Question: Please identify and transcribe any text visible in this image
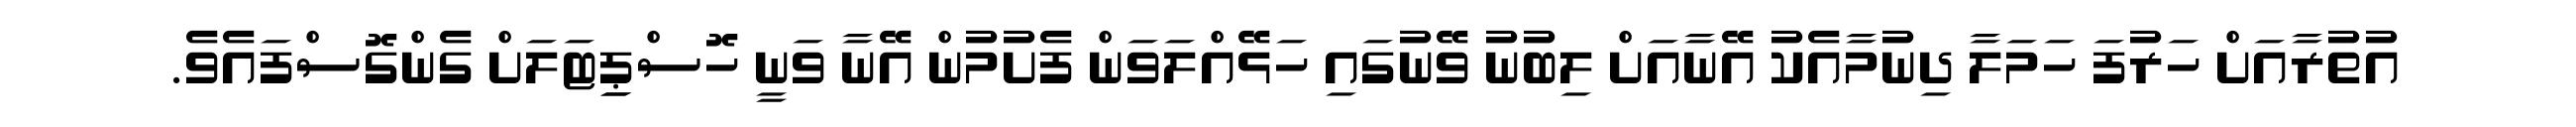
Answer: އުތުރާއަށް ހަރުފަ ހަމަލާ ދިނުމާއެކު އޭނާއަށް ލިބުނު ވޭނުގައި ހަޅޭއްލަވަން ފެށުމުން އޭނާ ވަނީ ހޮސްޕިިޓަލަށް ގެންގޮސްފައެވެ.